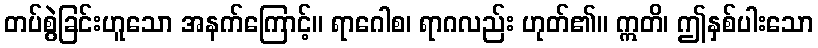
တပ်စွဲခြင်းဟူသော အနက်ကြောင့်။ ရာဂေါစ၊ ရာဂလည်း ဟုတ်၏။ ဣတိ၊ ဤနှစ်ပါးသော